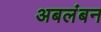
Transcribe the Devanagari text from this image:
अबलंबन